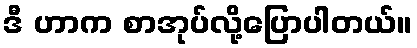
ဒီ ဟာက စာအုပ်လို့ပြောပါတယ်။